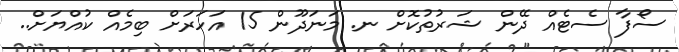
ސޯފާ ސެޓެއް ދޭން ޝަރުތުކޮށް ނ. މަނަދޫން 15 އަހަރަށް ބިމެއް ކުއްޔަށް..